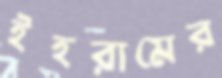
ইহরামের